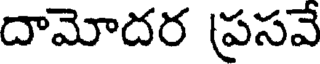
దామోదర ప్రసవే